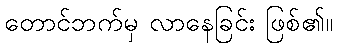
တောင်ဘက်မှ လာနေခြင်း ဖြစ်၏။